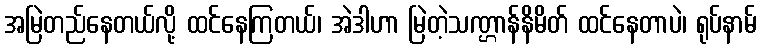
အမြဲတည်နေတယ်လို့ ထင်နေကြတယ်၊ အဲဒါဟာ မြဲတဲ့သဏ္ဌာန်နိမိတ် ထင်နေတာပဲ၊ ရုပ်နာမ်